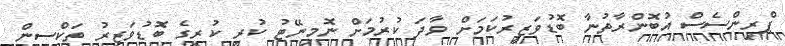
ޕްރިންސެސް އުބޮންރާތުނާ ބޮޑުވަޒީރުކަމަށް ވާދަ ކުރުމަށް ނޮމިނޭޓު ކުރީ ކުރީގެ ބޮޑުވަޒީރު ތަކްސިން